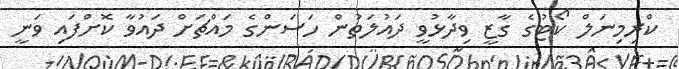
ކްރިމިނަލް ކޯޓުގެ ގާޒީ ވިދާޅުވީ ދައުލަތުން ހަސަންގެ މައްޗަށް ދައުވާ ކޮށްފައި ވަނީ